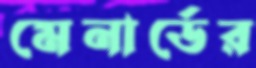
মেনার্ডের